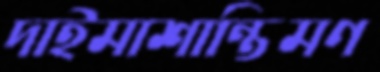
দাইমাশান্তিমণ